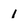
Character: 1